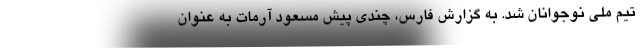
تیم ملی نوجوانان شد. به گزارش فارس، چندی پیش مسعود آرمات به عنوان